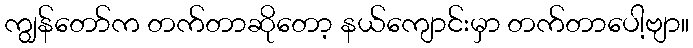
ကျွန်တော်က တက်တာဆိုတော့ နယ်ကျောင်းမှာ တက်တာပေါ့ဗျာ။